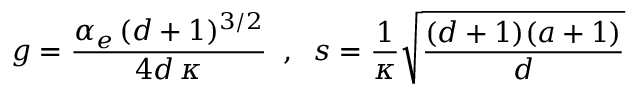
g = { \frac { \alpha _ { e } \, ( d + 1 ) ^ { 3 / 2 } } { 4 d \, \kappa } } \; \; , \; \; s = { \frac { 1 } { \kappa } } { \sqrt { \frac { ( d + 1 ) ( a + 1 ) } { d } } }